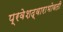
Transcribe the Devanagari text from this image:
प्रवेशद्वाराभोवती